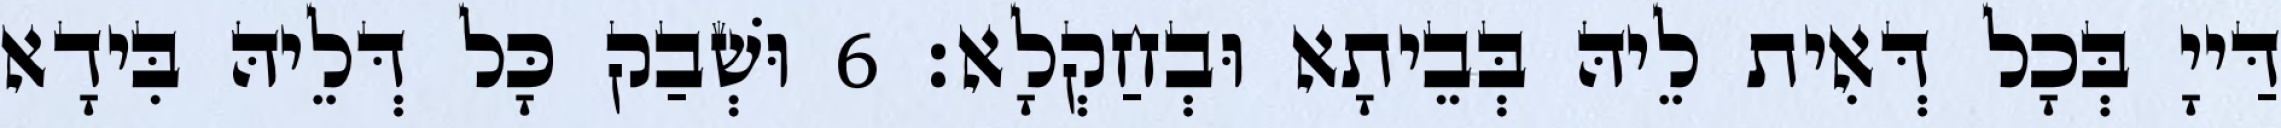
דַּייָ בְּכָל דְּאִית לֵיהּ בְּבֵיתָא וּבְחַקְלָא׃ 6 וּשְׁבַק כָּל דְּלֵיהּ בִּידָא